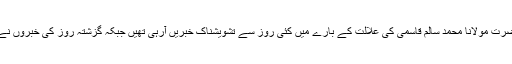
دارالعلوم (وقف) دیوبند کے مہتمم حضرت مولانا محمد سالم قاسمیؒ کی علالت کے بارے میں کئی روز سے تشویشناک خبریں آرہی تھیں جبکہ گزشتہ روز کی خبروں نے اس تشویش میں مزید اضافہ کر دیا۔